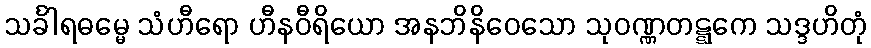
သင်္ခါရဓမ္မေ သံဟီရော ဟီနဝီရိယော အနဘိနိဝေသော သုဝဏ္ဏတဋ္ဋကေ သဒ္ဒဟိတုံ